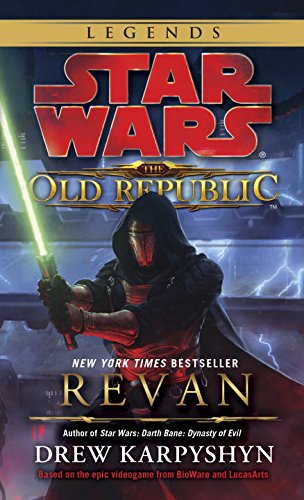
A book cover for Star Wars: The Old Republic - Revan (Star Wars: The Old Republic - Legends); Drew Karpyshyn; Science Fiction & Fantasy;